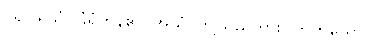
ပရိဝါရိသုံ၊ ခြံရံကုန်၏။ အယံ၊ ဤသည်ကား။ တတိယော၊